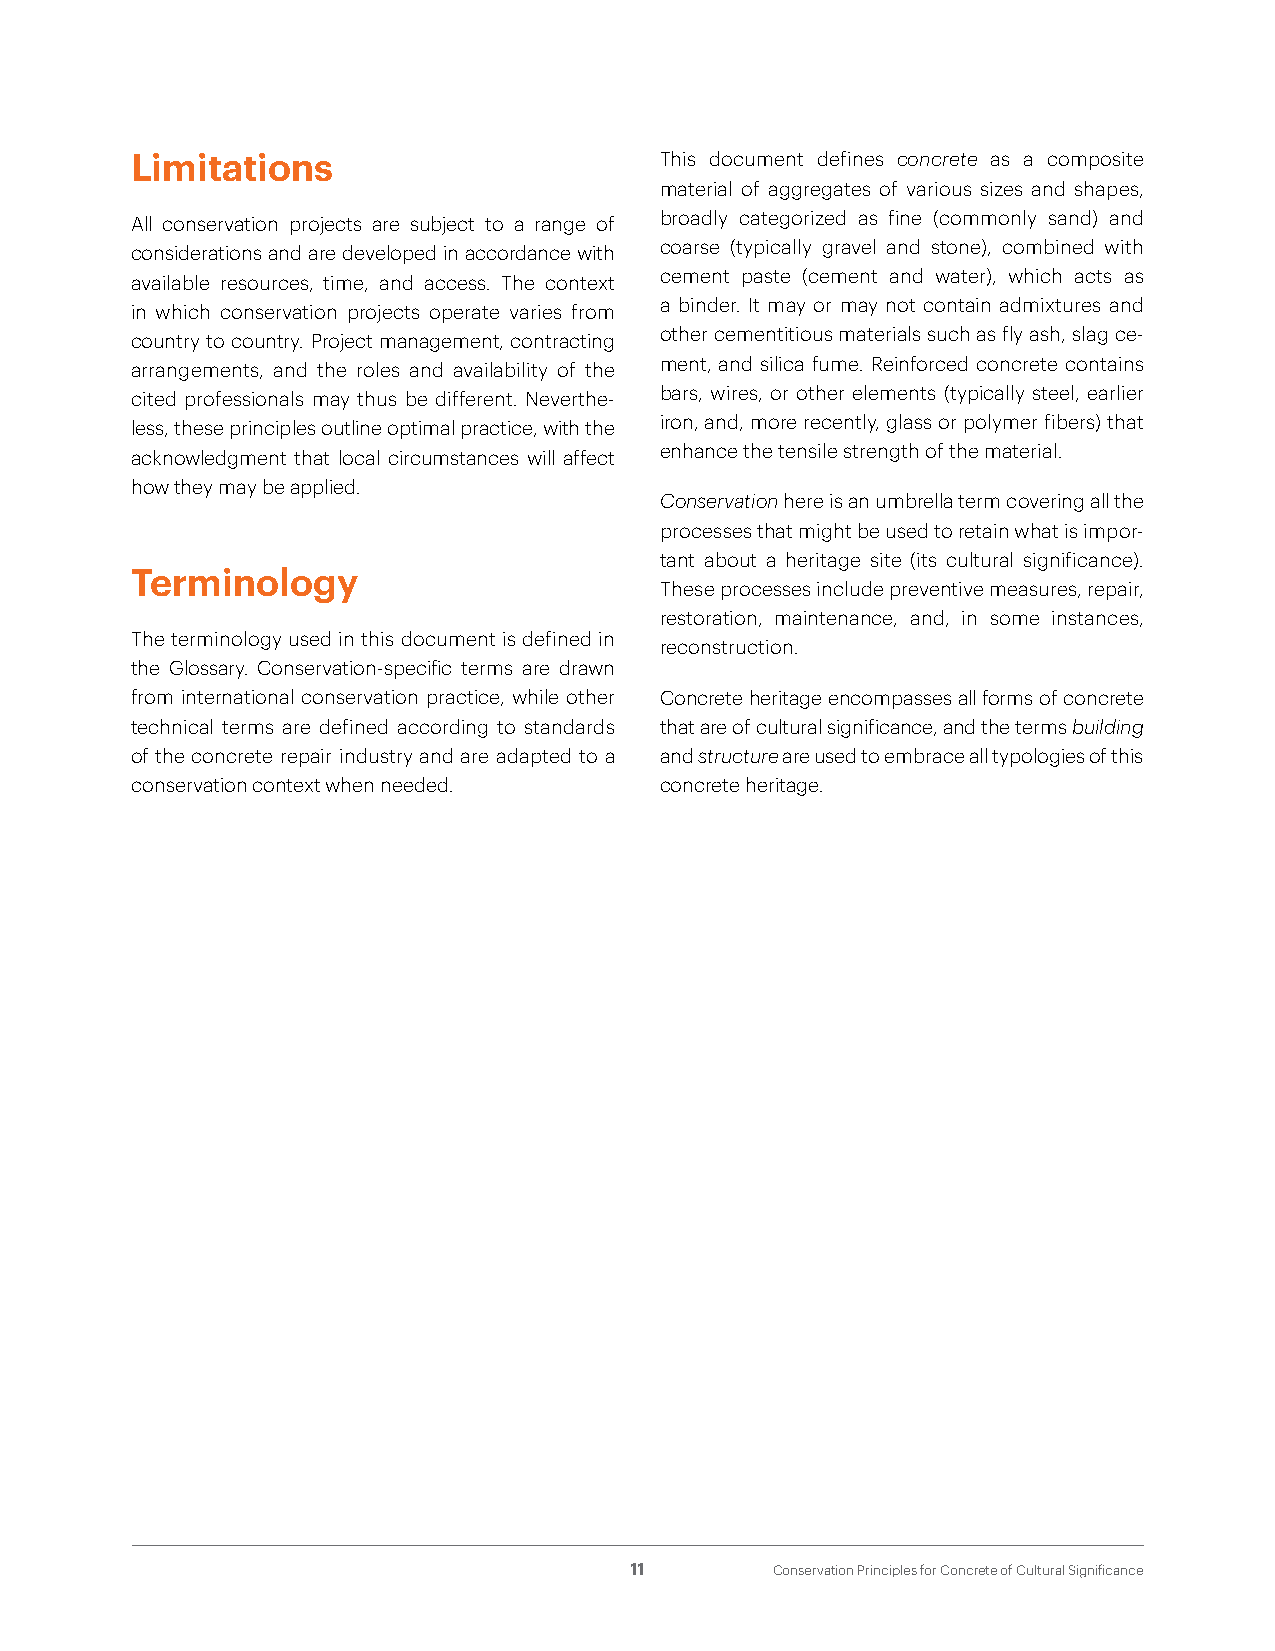
Limitations                        This document defines concrete as a composite
 material of aggregates of various sizes and shapes,
 broadly categorized as fine (commonly sand) and
 All conservation projects are subject to a range of
 coarse (typically gravel and stone), combined with
 considerations and are developed in accordance with
 cement paste (cement and water), which acts as
 available resources, time, and access. The context
 a binder. It may or may not contain admixtures and
 in which conservation projects operate varies from
 other cementitious materials such as fly ash, slag ce-
 country to country. Project management, contracting
 ment, and silica fume. Reinforced concrete contains
 arrangements, and the roles and availability of the
 bars, wires, or other elements (typically steel, earlier
 cited professionals may thus be different. Neverthe-
 iron, and, more recently, glass or polymer fibers) that
 less, these principles outline optimal practice, with the
 enhance the tensile strength of the material.
 acknowledgment that local circumstances will affect
 how they may be applied.
 Conservation here is an umbrella term covering all the
 processes that might be used to retain what is impor-
 tant about a heritage site (its cultural significance).
 Terminology
 These processes include preventive measures, repair,
 restoration, maintenance, and, in some instances,
 The terminology used in this document is defined in
 reconstruction.
 the Glossary. Conservation-specific terms are drawn
 from international conservation practice, while other Concrete heritage encompasses all forms of concrete
 technical terms are defined according to standards that are of cultural significance, and the terms building
 of the concrete repair industry and are adapted to a and structure are used to embrace all typologies of this
 conservation context when needed.  concrete heritage.
 11       Conservation Principles for Concrete of Cultural Significance